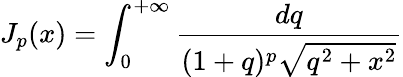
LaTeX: J_{p}(x)=\int_{0}^{+\infty}\frac{dq}{(1+q)^{p}\sqrt{q^{2}+x^{2}}}